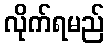
လိုက်ရမည်